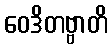
ဝေဒိတဗ္ဗာတိ